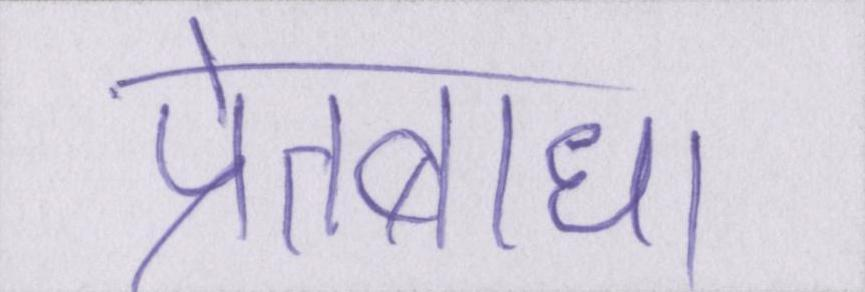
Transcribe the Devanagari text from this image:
प्रेतबाधा